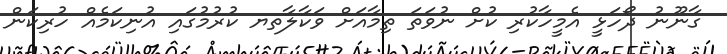
ގާާނޫނު ދޯހަޅީ އެމީހާކުރި ކުށް ނުވަތަ ތިމާއަށް ވަކާލާތޔ ކުުރުމުގައި އުނިކަމެއް ހުރިކަން